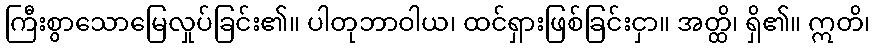
ကြီးစွာသောမြေလှုပ်ခြင်း၏။ ပါတုဘာဝါယ၊ ထင်ရှားဖြစ်ခြင်းငှာ။ အတ္ထိ၊ ရှိ၏။ ဣတိ၊